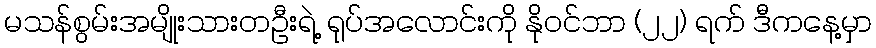
မသန်စွမ်းအမျိုးသားတဦးရဲ့ ရုပ်အလောင်းကို နိုဝင်ဘာ (၂၂) ရက် ဒီကနေ့မှာ